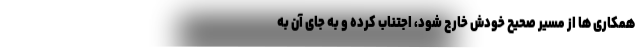
همکاری ها از مسیر صحیح خودش خارج شود، اجتناب کرده و به جای آن به